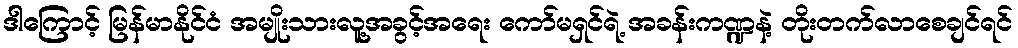
ဒါကြောင့် မြန်မာနိုင်ငံ အမျိုးသားလူ့အခွင့်အရေး ကော်မရှင်ရဲ့ အခန်းကဏ္ဍနဲ့ တိုးတက်လာစေချင်ရင်